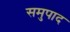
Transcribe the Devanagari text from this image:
समुपाद